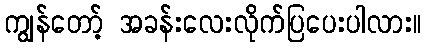
ကျွန်တော့် အခန်းလေးလိုက်ပြပေးပါလား။